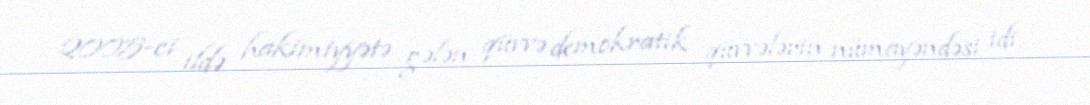
2005-ci ildə hakimiyyətə gələn qüvvə demokratik qüvvələrin nümayəndəsi idi.